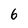
Character: 6